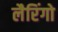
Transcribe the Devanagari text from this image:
लैरिंगो